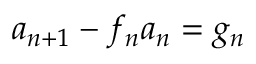
a _ { n + 1 } - f _ { n } a _ { n } = g _ { n }